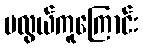
မလွယ်ကူကြောင်း